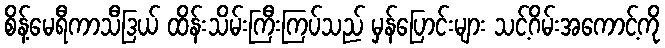
စိန့်မေရီကာသီဒြယ် ထိန်းသိမ်းကြီးကြပ်သည် မှန်ပြောင်းများ သင့်ဂိမ်းအကောင့်ကို